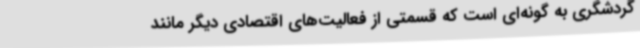
گردشگری به گونه‌ای است که قسمتی از فعالیت‌های اقتصادی دیگر مانند